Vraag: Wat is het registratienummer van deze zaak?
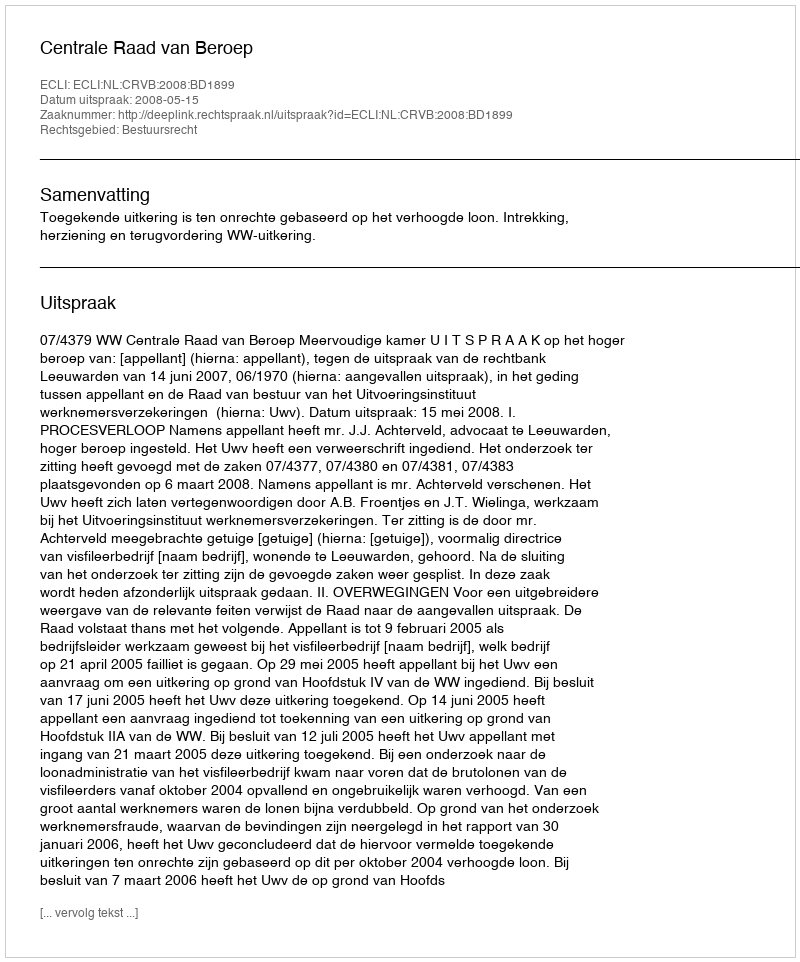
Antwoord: http://deeplink.rechtspraak.nl/uitspraak?id=ECLI:NL:CRVB:2008:BD1899